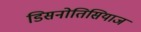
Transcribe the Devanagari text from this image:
डिसनोतिसियाज